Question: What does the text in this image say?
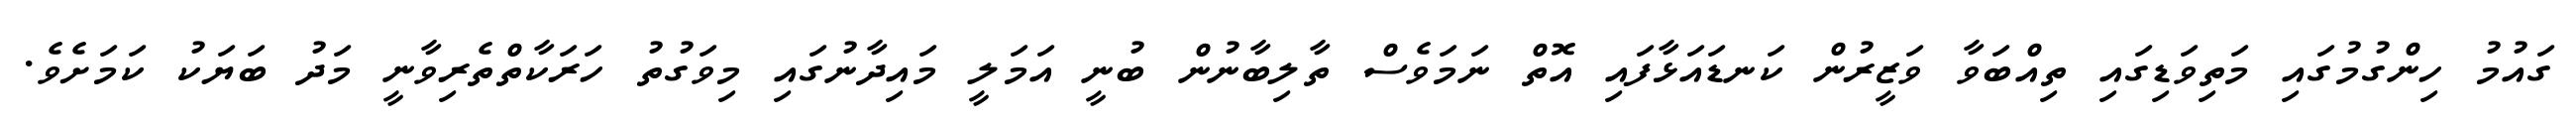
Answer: ގައުމު ހިންގުމުގައި މަތިވަޑިގައި ތިއްބަވާ ވަޒީރުން ކަނޑައަޅާފައި އޮތް ނަމަވެސް ތާލިބާނުން ބުނީ އަމަލީ މައިދާނުގައި މިވަގުތު ހަރަކާތްތެރިވާނީ މަދު ބަޔަކު ކަމަށެވެ.